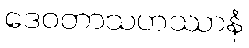
ဒေဝတာသဟဿာနံ